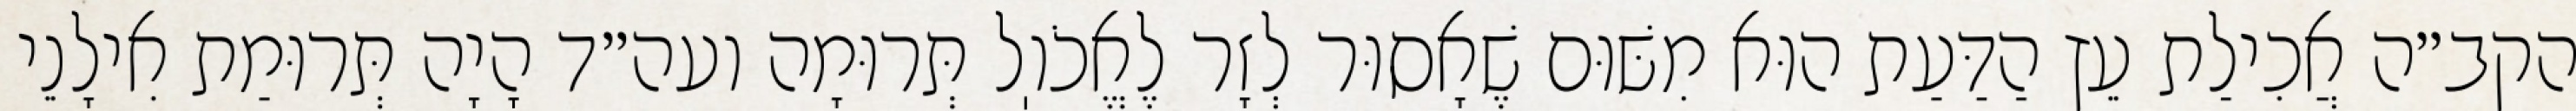
הקב״ה אֲכִילַת עֵץ הַדַּעַת הוּא מִשּׁוּם שֶׁאָסוּר לְזָר לֶאֱכֹוֽל תְּרוּמָה ועה״ד הָיָה תְּרוּמַת אִילָנֵי